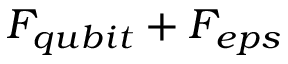
F _ { q u b i t } + F _ { e p s }